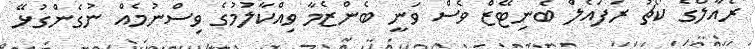
ރެއާލްގެ ކޯޗު ރަފައެލް ބެނިޓޭޒް ވެސް ވަނީ ބެންޒެމާ ވިއްކާލުމުގެ ވިސްނުމެއް ނުގެންގުޅޭ